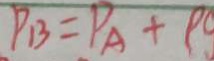
p _ { 1 3 } = p _ { A } + p o